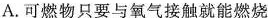
A.可燃物只要与氧气接触就能燃烧